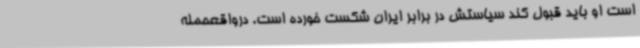
است او باید قبول کند سیاستش در برابر ایران شکست خورده است. درواقعحمله